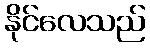
နိုင်လေသည်